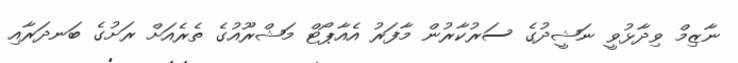
ނާޒިމް ވިދާޅުވީ ނަޝީދުގެ ސަރުކާރުން މާފަރު އެއާޕޯޓް މަޝްރޫއުގެ ތެރެއަށް ރަށުގެ ބަނދަރާއި